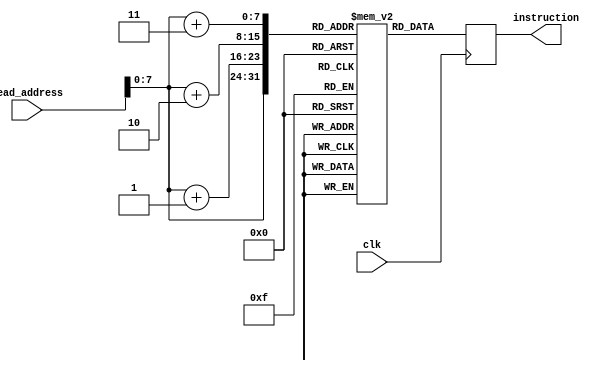
module Instruction_memory(clk,read_address, instruction);
output  [31:0] instruction;
reg   [31:0] instruction;
input [31:0] read_address;
input clk;


reg [7:0] registers [255:0];

//addi $t6,$t2,100
//0010 0001 0100 1101 0000 0000 0110 0100
// initial registers[8] = 8'b0010_0001;
// initial registers[9] = 8'b0100_1110;
// initial registers[10] = 8'b0000_0000;
// initial registers[11] = 8'b0110_0100;



//sub $t1,$t2,$t3
//0000 0001 0100 1011 0100 1000 0010 0010
//  initial registers[0] = 8'b0000_0001;
//  initial registers[1] = 8'b0100_1011;
//  initial registers[2] = 8'b0100_1000;
//  initial registers[3] = 8'b0010_0010;

//add $t5,$t2,$t3
//0000 0001 0100 1011 0110 1000 0010 0000
// initial registers[4] = 8'b0000_0001;
// initial registers[5] = 8'b0100_1011;
// initial registers[6] = 8'b0110_1000;
// initial registers[7] = 8'b0010_0000;


//lw $t5,1($0)
//1000 1100 0000 1101 0000 0000 0000 0001
// initial registers[0] = 8'b1000_1100;
// initial registers[1] = 8'b0000_1101;
// initial registers[2] = 8'b0000_0000;
// initial registers[3] = 8'b0000_0001;

//sw $t2,10($0)
//1010 1100 0000 1010 0000 0000 0000 1010
initial registers[0] = 8'b1010_1100;
initial registers[1] = 8'b0000_1010;
initial registers[2] = 8'b0000_0000;
initial registers[3] = 8'b0000_1010;


//beq $0,$0,30
//0001 0000 0000 0000 0000 0000 0000 0110
// initial registers[0] = 8'b0001_0000;
// initial registers[1] = 8'b0000_0000;
// initial registers[2] = 8'b0000_0000;
// initial registers[3] = 8'b0000_0110;

////beq $0,$10,30
//100a0006
// initial registers[0] = 8'h10;
// initial registers[1] = 8'h0a;
// initial registers[2] = 8'h00;
// initial registers[3] = 8'h06;

// initial registers[0] = 8'b00000001;
// initial registers[1] = 8'b01001011;
// initial registers[2] = 8'b01001000;
// initial registers[3] = 8'b00100000;

// initial registers[4] = 8'b00000001;
// initial registers[5] = 8'b01101001;
// initial registers[6] = 8'b01001000;
// initial registers[7] = 8'b00100000;

// initial registers[7:4] = 8'd0;
// initial registers[11:8] = 8'd0;
// initial registers[15:12] = 8'd6;

always @(posedge clk)
begin
instruction[31:24] <= registers[read_address][7:0];
instruction[23:16] <= registers[read_address+1][7:0];
instruction[15:8] <= registers[read_address+2][7:0];
instruction[7:0] <= registers[read_address+3][7:0];

end
endmodule

// module tb7();
//
// 	reg [31:0] read_address;
// 	reg clk;
// 	wire[31:0] instruction;
//
// 	Instruction_memory test(clk,read_address, instruction);
//
// 	initial begin
// 		clk=0;
// 		forever
// 		#5 clk = ~clk;
// 	end
//
// 	initial begin
//
// 		#10 read_address <= 5'd20;
// 		#10 $finish;
// 	end
//
// 	initial
// 		$monitor("time: %t instruction: %d read_address: %d ",$time,instruction,read_address);
//
//
// endmodule